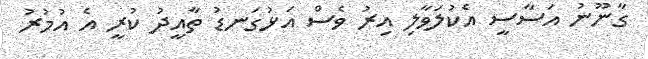
ގާނޫނު އަސާސީ އެކުލަވާލި އިރު ވެސް އަޅުގަނޑު ތާއީދު ކުރީ އެ އުމުރު